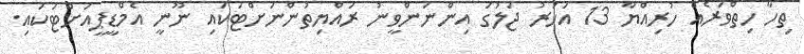
ތިހާ ހިތްވަރެއް ހުރިއްޔާ 13 އަހަރު ޖަލުގަ އިންނަންވީނު ރައްޔިތުންނަށްޓަކައި ނޫނީ އެމްޑީޕީއަށްޓަކައި.